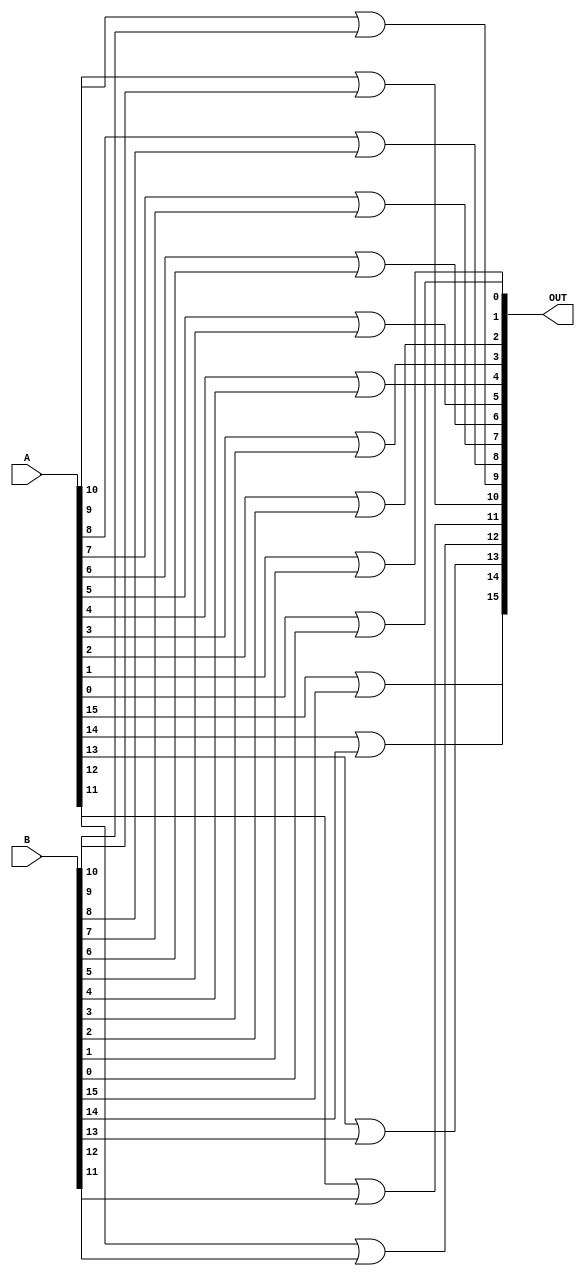
module POS_OR(OUT,A,B);
input [15:0] A,B;
output [15:0] OUT;

or(OUT[15],A[15],B[15]);
or(OUT[14],A[14],B[14]);
or(OUT[13],A[13],B[13]);
or(OUT[12],A[12],B[12]);
or(OUT[11],A[11],B[11]);
or(OUT[10],A[10],B[10]);
or(OUT[9],A[9],B[9]);
or(OUT[8],A[8],B[8]);
or(OUT[7],A[7],B[7]);
or(OUT[6],A[6],B[6]);
or(OUT[5],A[5],B[5]);
or(OUT[4],A[4],B[4]);
or(OUT[3],A[3],B[3]);
or(OUT[2],A[2],B[2]);
or(OUT[1],A[1],B[1]);
or(OUT[0],A[0],B[0]);

endmodule